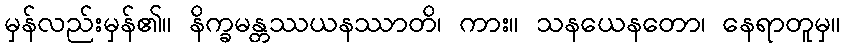
မှန်လည်းမှန်၏။ နိက္ခမန္တဿယနဿာတိ၊ ကား။ သနယေနတော၊ နေရာတူမှ။